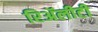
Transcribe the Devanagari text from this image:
रिॲलीटी